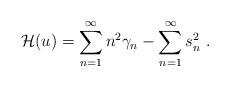
LaTeX: \begin{align*}\mathcal H(u)=\sum_{n=1}^\infty n^2\gamma_n-\sum_{n=1}^\infty s_n^2\ .\end{align*}